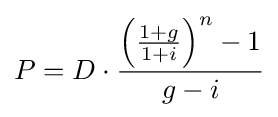
P=D\cdot {\frac {\left({1+g \over 1+i}\right)^{n}-1}{g-i}}